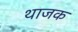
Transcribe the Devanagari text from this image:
थाजक